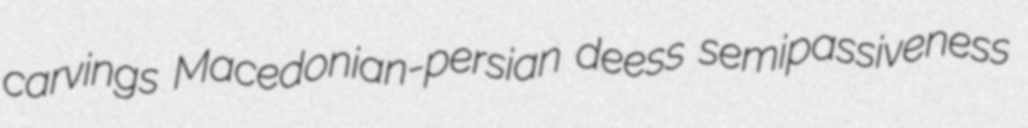
carvings Macedonian-persian deess semipassiveness